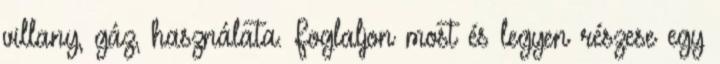
villany, gáz, használata. Foglaljon most és legyen részese egy